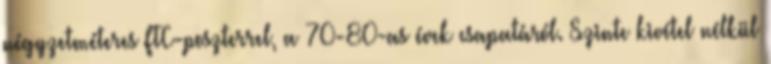
négyzetméteres FTC-poszterrel, a 70-80-as évek csapatáról. Szinte kivétel nélkül